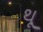
થૂ